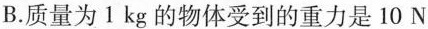
B.质量为1kg的物体受到的重力是10N